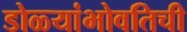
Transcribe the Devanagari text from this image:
डोळ्यांभोवतिची